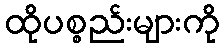
ထိုပစ္စည်းများကို